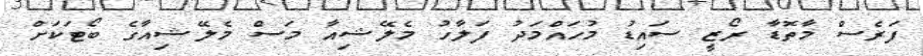
ފަރެސް މާތޮޑާ ރޯޒީ ސައިޑު މުހައްމަދު ފަލާހު މެލޭޝިއާ މަސް މެލޭޝިއާގެ ބޯޓަކަށް